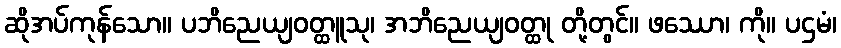
ဆိုအပ်ကုန်သော။ ပဘိညေယျဝတ္ထူသု၊ အဘိညေယျဝတ္ထု တို့တွင်။ ဖဿော၊ ကို။ ပဌမံ၊